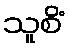
သူစိံ